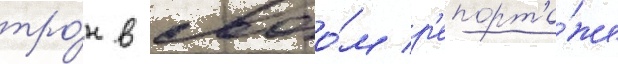
тро́н в своо́м р'епорта́же